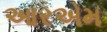
આરએમ